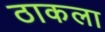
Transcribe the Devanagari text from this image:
ठाकला